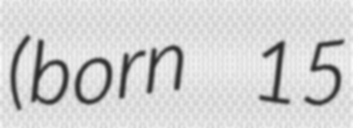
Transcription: (born 15